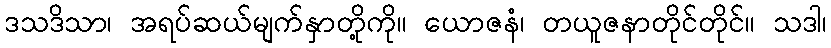
ဒသဒိသာ၊ အရပ်ဆယ်မျက်နှာတို့ကို။ ယောဇနံ၊ တယူဇနာတိုင်တိုင်။ သဒါ၊